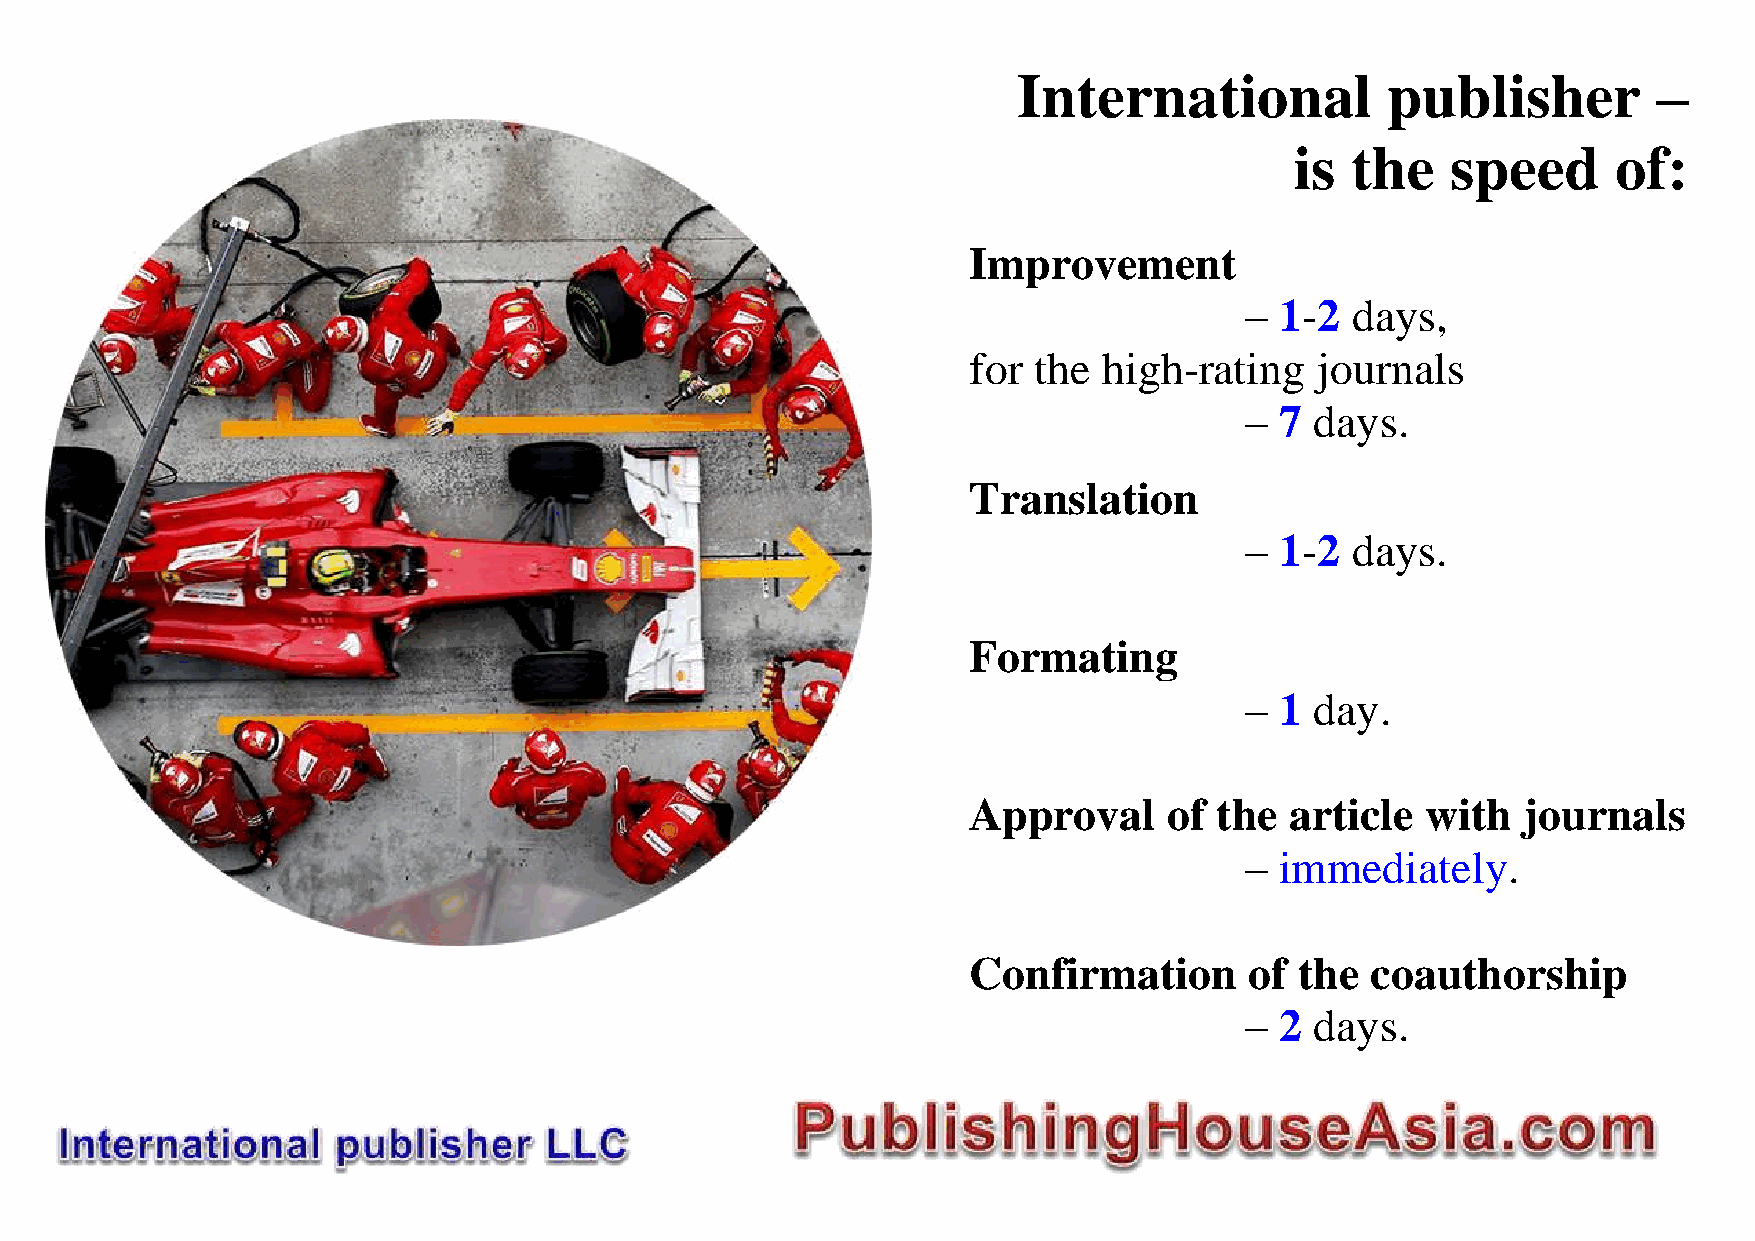
International            publisher         –
 is the    speed      of:
 Improvement
 –  1-2 days,
 for the  high-rating   journals
 –  7 days.
 Translation
 –  1-2 days.
 Formating
 –  1 day.
 Approval     of the  article  with   journals
 –  immediately.
 Confirmation       of the  coauthorship
 –  2 days.